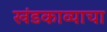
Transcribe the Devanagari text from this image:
खंडकाव्याचा